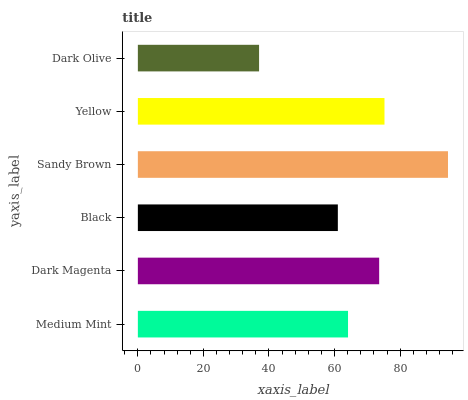
| yaxis_label | bars |
 | --- | --- |
 | Medium Mint | 64.1 |
 | Dark Magenta | 73.6 |
 | Black | 61 |
 | Sandy Brown | 94.6 |
 | Yellow | 75.2 |
 | Dark Olive | 37 |